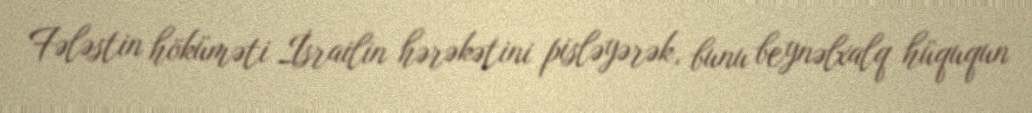
Fələstin höküməti İsrailin hərəkətini pisləyərək, bunu beynəlxalq hüququn